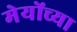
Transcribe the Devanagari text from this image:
मेयोंच्या